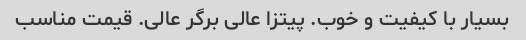
بسیار با کیفیت و خوب. پیتزا عالی برگر عالی. قیمت مناسب